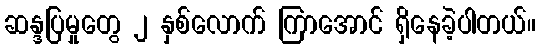
ဆန္ဒပြမှုတွေ ၂ နှစ်လောက် ကြာအောင် ရှိနေခဲ့ပါတယ်။